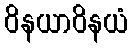
ဝိနယာဝိနယံ